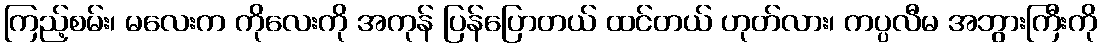
ကြည့်စမ်း၊ မလေးက ကိုလေးကို အကုန် ပြန်ပြောတယ် ထင်တယ် ဟုတ်လား၊ ကပ္ပလီမ အဘွားကြီးကို